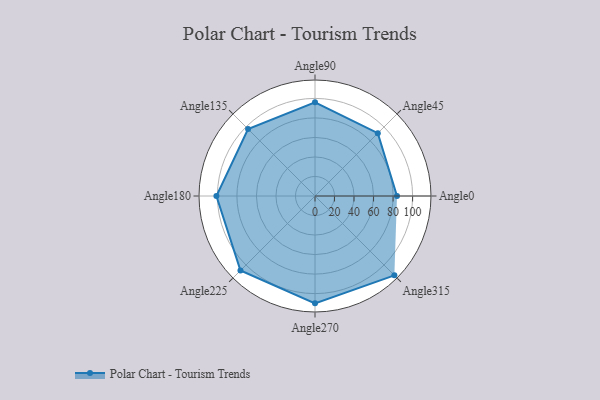
{"axis": {"x": "Angle", "y": "Radius"}, "legend": [""], "data": [{"x": "Angle0", "y": 84.0, "type": ""}, {"x": "Angle45", "y": 91.0, "type": ""}, {"x": "Angle90", "y": 96.0, "type": ""}, {"x": "Angle135", "y": 97.0, "type": ""}, {"x": "Angle180", "y": 101.0, "type": ""}, {"x": "Angle225", "y": 108.0, "type": ""}, {"x": "Angle270", "y": 110.0, "type": ""}, {"x": "Angle315", "y": 115.0, "type": ""}]}